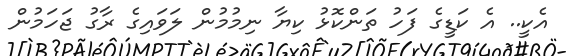
އެކީ.. އެ ކަޑީގެ ފަހު ތަންކޮޅު ކިޔާ ނިމުމުން ލަވައިގެ ރާގު ޖަހަމުން